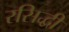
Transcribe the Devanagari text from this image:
रसिद्धी